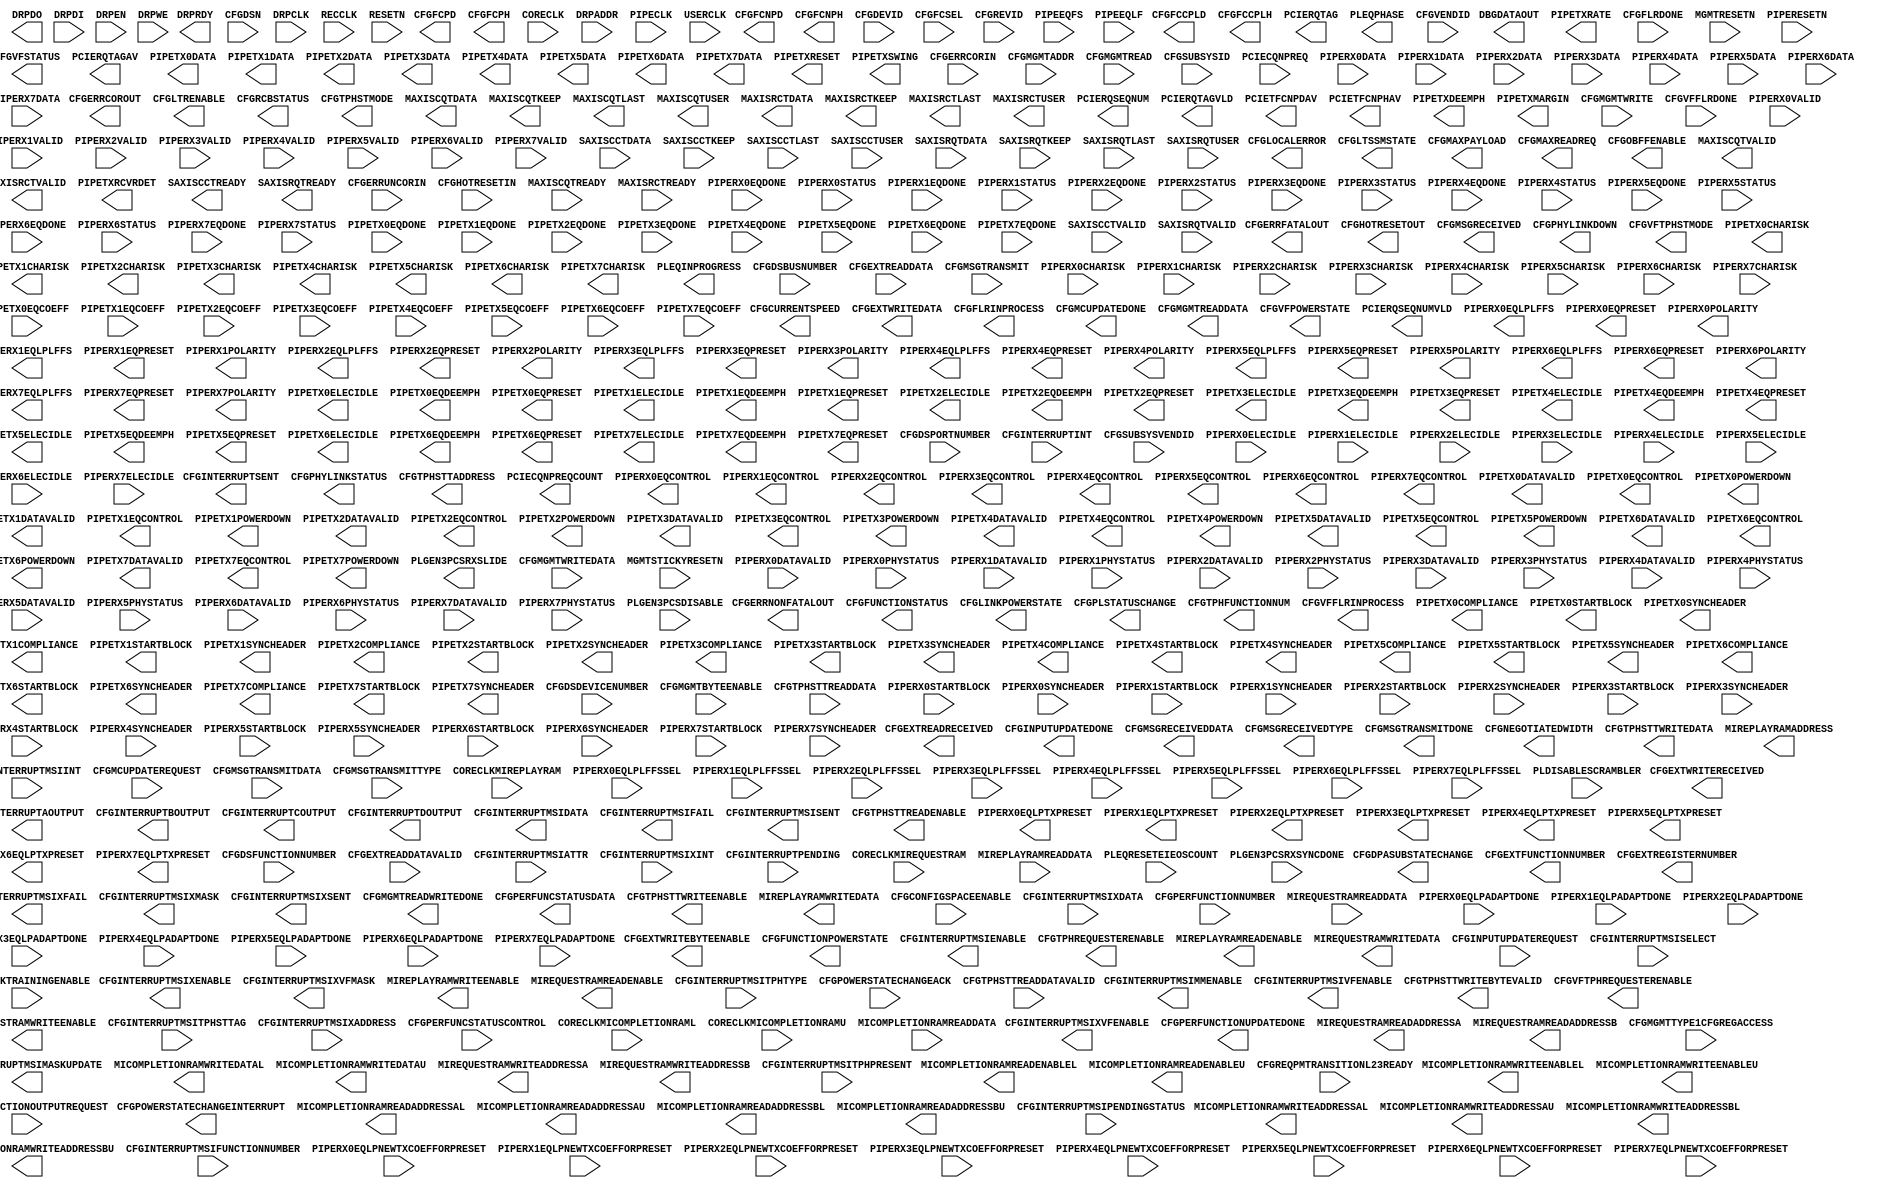
///////////////////////////////////////////////////////
//  Copyright (c) 1995/2015 Xilinx, Inc.
//  All Right Reserved.
///////////////////////////////////////////////////////
//
//   ____   ___
//  /   /\/   / 
// /___/  \  /     Vendor      : Xilinx 
// \  \    \/      Version     : 2015.4
//  \  \           Description : 
//  /  /                      
// /__/   /\       Filename    : PCIE_3_0.uniprim.v
// \  \  /  \ 
//  \__\/\__ \                    
//                                 
//
///////////////////////////////////////////////////////
//  Revision:    1.0
///////////////////////////////////////////////////////

`timescale 1 ps / 1 ps 

`celldefine

module PCIE_3_0 (
  CFGCURRENTSPEED,
  CFGDPASUBSTATECHANGE,
  CFGERRCOROUT,
  CFGERRFATALOUT,
  CFGERRNONFATALOUT,
  CFGEXTFUNCTIONNUMBER,
  CFGEXTREADRECEIVED,
  CFGEXTREGISTERNUMBER,
  CFGEXTWRITEBYTEENABLE,
  CFGEXTWRITEDATA,
  CFGEXTWRITERECEIVED,
  CFGFCCPLD,
  CFGFCCPLH,
  CFGFCNPD,
  CFGFCNPH,
  CFGFCPD,
  CFGFCPH,
  CFGFLRINPROCESS,
  CFGFUNCTIONPOWERSTATE,
  CFGFUNCTIONSTATUS,
  CFGHOTRESETOUT,
  CFGINPUTUPDATEDONE,
  CFGINTERRUPTAOUTPUT,
  CFGINTERRUPTBOUTPUT,
  CFGINTERRUPTCOUTPUT,
  CFGINTERRUPTDOUTPUT,
  CFGINTERRUPTMSIDATA,
  CFGINTERRUPTMSIENABLE,
  CFGINTERRUPTMSIFAIL,
  CFGINTERRUPTMSIMASKUPDATE,
  CFGINTERRUPTMSIMMENABLE,
  CFGINTERRUPTMSISENT,
  CFGINTERRUPTMSIVFENABLE,
  CFGINTERRUPTMSIXENABLE,
  CFGINTERRUPTMSIXFAIL,
  CFGINTERRUPTMSIXMASK,
  CFGINTERRUPTMSIXSENT,
  CFGINTERRUPTMSIXVFENABLE,
  CFGINTERRUPTMSIXVFMASK,
  CFGINTERRUPTSENT,
  CFGLINKPOWERSTATE,
  CFGLOCALERROR,
  CFGLTRENABLE,
  CFGLTSSMSTATE,
  CFGMAXPAYLOAD,
  CFGMAXREADREQ,
  CFGMCUPDATEDONE,
  CFGMGMTREADDATA,
  CFGMGMTREADWRITEDONE,
  CFGMSGRECEIVED,
  CFGMSGRECEIVEDDATA,
  CFGMSGRECEIVEDTYPE,
  CFGMSGTRANSMITDONE,
  CFGNEGOTIATEDWIDTH,
  CFGOBFFENABLE,
  CFGPERFUNCSTATUSDATA,
  CFGPERFUNCTIONUPDATEDONE,
  CFGPHYLINKDOWN,
  CFGPHYLINKSTATUS,
  CFGPLSTATUSCHANGE,
  CFGPOWERSTATECHANGEINTERRUPT,
  CFGRCBSTATUS,
  CFGTPHFUNCTIONNUM,
  CFGTPHREQUESTERENABLE,
  CFGTPHSTMODE,
  CFGTPHSTTADDRESS,
  CFGTPHSTTREADENABLE,
  CFGTPHSTTWRITEBYTEVALID,
  CFGTPHSTTWRITEDATA,
  CFGTPHSTTWRITEENABLE,
  CFGVFFLRINPROCESS,
  CFGVFPOWERSTATE,
  CFGVFSTATUS,
  CFGVFTPHREQUESTERENABLE,
  CFGVFTPHSTMODE,
  DBGDATAOUT,
  DRPDO,
  DRPRDY,
  MAXISCQTDATA,
  MAXISCQTKEEP,
  MAXISCQTLAST,
  MAXISCQTUSER,
  MAXISCQTVALID,
  MAXISRCTDATA,
  MAXISRCTKEEP,
  MAXISRCTLAST,
  MAXISRCTUSER,
  MAXISRCTVALID,
  MICOMPLETIONRAMREADADDRESSAL,
  MICOMPLETIONRAMREADADDRESSAU,
  MICOMPLETIONRAMREADADDRESSBL,
  MICOMPLETIONRAMREADADDRESSBU,
  MICOMPLETIONRAMREADENABLEL,
  MICOMPLETIONRAMREADENABLEU,
  MICOMPLETIONRAMWRITEADDRESSAL,
  MICOMPLETIONRAMWRITEADDRESSAU,
  MICOMPLETIONRAMWRITEADDRESSBL,
  MICOMPLETIONRAMWRITEADDRESSBU,
  MICOMPLETIONRAMWRITEDATAL,
  MICOMPLETIONRAMWRITEDATAU,
  MICOMPLETIONRAMWRITEENABLEL,
  MICOMPLETIONRAMWRITEENABLEU,
  MIREPLAYRAMADDRESS,
  MIREPLAYRAMREADENABLE,
  MIREPLAYRAMWRITEDATA,
  MIREPLAYRAMWRITEENABLE,
  MIREQUESTRAMREADADDRESSA,
  MIREQUESTRAMREADADDRESSB,
  MIREQUESTRAMREADENABLE,
  MIREQUESTRAMWRITEADDRESSA,
  MIREQUESTRAMWRITEADDRESSB,
  MIREQUESTRAMWRITEDATA,
  MIREQUESTRAMWRITEENABLE,
  PCIECQNPREQCOUNT,
  PCIERQSEQNUM,
  PCIERQSEQNUMVLD,
  PCIERQTAG,
  PCIERQTAGAV,
  PCIERQTAGVLD,
  PCIETFCNPDAV,
  PCIETFCNPHAV,
  PIPERX0EQCONTROL,
  PIPERX0EQLPLFFS,
  PIPERX0EQLPTXPRESET,
  PIPERX0EQPRESET,
  PIPERX0POLARITY,
  PIPERX1EQCONTROL,
  PIPERX1EQLPLFFS,
  PIPERX1EQLPTXPRESET,
  PIPERX1EQPRESET,
  PIPERX1POLARITY,
  PIPERX2EQCONTROL,
  PIPERX2EQLPLFFS,
  PIPERX2EQLPTXPRESET,
  PIPERX2EQPRESET,
  PIPERX2POLARITY,
  PIPERX3EQCONTROL,
  PIPERX3EQLPLFFS,
  PIPERX3EQLPTXPRESET,
  PIPERX3EQPRESET,
  PIPERX3POLARITY,
  PIPERX4EQCONTROL,
  PIPERX4EQLPLFFS,
  PIPERX4EQLPTXPRESET,
  PIPERX4EQPRESET,
  PIPERX4POLARITY,
  PIPERX5EQCONTROL,
  PIPERX5EQLPLFFS,
  PIPERX5EQLPTXPRESET,
  PIPERX5EQPRESET,
  PIPERX5POLARITY,
  PIPERX6EQCONTROL,
  PIPERX6EQLPLFFS,
  PIPERX6EQLPTXPRESET,
  PIPERX6EQPRESET,
  PIPERX6POLARITY,
  PIPERX7EQCONTROL,
  PIPERX7EQLPLFFS,
  PIPERX7EQLPTXPRESET,
  PIPERX7EQPRESET,
  PIPERX7POLARITY,
  PIPETX0CHARISK,
  PIPETX0COMPLIANCE,
  PIPETX0DATA,
  PIPETX0DATAVALID,
  PIPETX0ELECIDLE,
  PIPETX0EQCONTROL,
  PIPETX0EQDEEMPH,
  PIPETX0EQPRESET,
  PIPETX0POWERDOWN,
  PIPETX0STARTBLOCK,
  PIPETX0SYNCHEADER,
  PIPETX1CHARISK,
  PIPETX1COMPLIANCE,
  PIPETX1DATA,
  PIPETX1DATAVALID,
  PIPETX1ELECIDLE,
  PIPETX1EQCONTROL,
  PIPETX1EQDEEMPH,
  PIPETX1EQPRESET,
  PIPETX1POWERDOWN,
  PIPETX1STARTBLOCK,
  PIPETX1SYNCHEADER,
  PIPETX2CHARISK,
  PIPETX2COMPLIANCE,
  PIPETX2DATA,
  PIPETX2DATAVALID,
  PIPETX2ELECIDLE,
  PIPETX2EQCONTROL,
  PIPETX2EQDEEMPH,
  PIPETX2EQPRESET,
  PIPETX2POWERDOWN,
  PIPETX2STARTBLOCK,
  PIPETX2SYNCHEADER,
  PIPETX3CHARISK,
  PIPETX3COMPLIANCE,
  PIPETX3DATA,
  PIPETX3DATAVALID,
  PIPETX3ELECIDLE,
  PIPETX3EQCONTROL,
  PIPETX3EQDEEMPH,
  PIPETX3EQPRESET,
  PIPETX3POWERDOWN,
  PIPETX3STARTBLOCK,
  PIPETX3SYNCHEADER,
  PIPETX4CHARISK,
  PIPETX4COMPLIANCE,
  PIPETX4DATA,
  PIPETX4DATAVALID,
  PIPETX4ELECIDLE,
  PIPETX4EQCONTROL,
  PIPETX4EQDEEMPH,
  PIPETX4EQPRESET,
  PIPETX4POWERDOWN,
  PIPETX4STARTBLOCK,
  PIPETX4SYNCHEADER,
  PIPETX5CHARISK,
  PIPETX5COMPLIANCE,
  PIPETX5DATA,
  PIPETX5DATAVALID,
  PIPETX5ELECIDLE,
  PIPETX5EQCONTROL,
  PIPETX5EQDEEMPH,
  PIPETX5EQPRESET,
  PIPETX5POWERDOWN,
  PIPETX5STARTBLOCK,
  PIPETX5SYNCHEADER,
  PIPETX6CHARISK,
  PIPETX6COMPLIANCE,
  PIPETX6DATA,
  PIPETX6DATAVALID,
  PIPETX6ELECIDLE,
  PIPETX6EQCONTROL,
  PIPETX6EQDEEMPH,
  PIPETX6EQPRESET,
  PIPETX6POWERDOWN,
  PIPETX6STARTBLOCK,
  PIPETX6SYNCHEADER,
  PIPETX7CHARISK,
  PIPETX7COMPLIANCE,
  PIPETX7DATA,
  PIPETX7DATAVALID,
  PIPETX7ELECIDLE,
  PIPETX7EQCONTROL,
  PIPETX7EQDEEMPH,
  PIPETX7EQPRESET,
  PIPETX7POWERDOWN,
  PIPETX7STARTBLOCK,
  PIPETX7SYNCHEADER,
  PIPETXDEEMPH,
  PIPETXMARGIN,
  PIPETXRATE,
  PIPETXRCVRDET,
  PIPETXRESET,
  PIPETXSWING,
  PLEQINPROGRESS,
  PLEQPHASE,
  PLGEN3PCSRXSLIDE,
  SAXISCCTREADY,
  SAXISRQTREADY,

  CFGCONFIGSPACEENABLE,
  CFGDEVID,
  CFGDSBUSNUMBER,
  CFGDSDEVICENUMBER,
  CFGDSFUNCTIONNUMBER,
  CFGDSN,
  CFGDSPORTNUMBER,
  CFGERRCORIN,
  CFGERRUNCORIN,
  CFGEXTREADDATA,
  CFGEXTREADDATAVALID,
  CFGFCSEL,
  CFGFLRDONE,
  CFGHOTRESETIN,
  CFGINPUTUPDATEREQUEST,
  CFGINTERRUPTINT,
  CFGINTERRUPTMSIATTR,
  CFGINTERRUPTMSIFUNCTIONNUMBER,
  CFGINTERRUPTMSIINT,
  CFGINTERRUPTMSIPENDINGSTATUS,
  CFGINTERRUPTMSISELECT,
  CFGINTERRUPTMSITPHPRESENT,
  CFGINTERRUPTMSITPHSTTAG,
  CFGINTERRUPTMSITPHTYPE,
  CFGINTERRUPTMSIXADDRESS,
  CFGINTERRUPTMSIXDATA,
  CFGINTERRUPTMSIXINT,
  CFGINTERRUPTPENDING,
  CFGLINKTRAININGENABLE,
  CFGMCUPDATEREQUEST,
  CFGMGMTADDR,
  CFGMGMTBYTEENABLE,
  CFGMGMTREAD,
  CFGMGMTTYPE1CFGREGACCESS,
  CFGMGMTWRITE,
  CFGMGMTWRITEDATA,
  CFGMSGTRANSMIT,
  CFGMSGTRANSMITDATA,
  CFGMSGTRANSMITTYPE,
  CFGPERFUNCSTATUSCONTROL,
  CFGPERFUNCTIONNUMBER,
  CFGPERFUNCTIONOUTPUTREQUEST,
  CFGPOWERSTATECHANGEACK,
  CFGREQPMTRANSITIONL23READY,
  CFGREVID,
  CFGSUBSYSID,
  CFGSUBSYSVENDID,
  CFGTPHSTTREADDATA,
  CFGTPHSTTREADDATAVALID,
  CFGVENDID,
  CFGVFFLRDONE,
  CORECLK,
  CORECLKMICOMPLETIONRAML,
  CORECLKMICOMPLETIONRAMU,
  CORECLKMIREPLAYRAM,
  CORECLKMIREQUESTRAM,
  DRPADDR,
  DRPCLK,
  DRPDI,
  DRPEN,
  DRPWE,
  MAXISCQTREADY,
  MAXISRCTREADY,
  MGMTRESETN,
  MGMTSTICKYRESETN,
  MICOMPLETIONRAMREADDATA,
  MIREPLAYRAMREADDATA,
  MIREQUESTRAMREADDATA,
  PCIECQNPREQ,
  PIPECLK,
  PIPEEQFS,
  PIPEEQLF,
  PIPERESETN,
  PIPERX0CHARISK,
  PIPERX0DATA,
  PIPERX0DATAVALID,
  PIPERX0ELECIDLE,
  PIPERX0EQDONE,
  PIPERX0EQLPADAPTDONE,
  PIPERX0EQLPLFFSSEL,
  PIPERX0EQLPNEWTXCOEFFORPRESET,
  PIPERX0PHYSTATUS,
  PIPERX0STARTBLOCK,
  PIPERX0STATUS,
  PIPERX0SYNCHEADER,
  PIPERX0VALID,
  PIPERX1CHARISK,
  PIPERX1DATA,
  PIPERX1DATAVALID,
  PIPERX1ELECIDLE,
  PIPERX1EQDONE,
  PIPERX1EQLPADAPTDONE,
  PIPERX1EQLPLFFSSEL,
  PIPERX1EQLPNEWTXCOEFFORPRESET,
  PIPERX1PHYSTATUS,
  PIPERX1STARTBLOCK,
  PIPERX1STATUS,
  PIPERX1SYNCHEADER,
  PIPERX1VALID,
  PIPERX2CHARISK,
  PIPERX2DATA,
  PIPERX2DATAVALID,
  PIPERX2ELECIDLE,
  PIPERX2EQDONE,
  PIPERX2EQLPADAPTDONE,
  PIPERX2EQLPLFFSSEL,
  PIPERX2EQLPNEWTXCOEFFORPRESET,
  PIPERX2PHYSTATUS,
  PIPERX2STARTBLOCK,
  PIPERX2STATUS,
  PIPERX2SYNCHEADER,
  PIPERX2VALID,
  PIPERX3CHARISK,
  PIPERX3DATA,
  PIPERX3DATAVALID,
  PIPERX3ELECIDLE,
  PIPERX3EQDONE,
  PIPERX3EQLPADAPTDONE,
  PIPERX3EQLPLFFSSEL,
  PIPERX3EQLPNEWTXCOEFFORPRESET,
  PIPERX3PHYSTATUS,
  PIPERX3STARTBLOCK,
  PIPERX3STATUS,
  PIPERX3SYNCHEADER,
  PIPERX3VALID,
  PIPERX4CHARISK,
  PIPERX4DATA,
  PIPERX4DATAVALID,
  PIPERX4ELECIDLE,
  PIPERX4EQDONE,
  PIPERX4EQLPADAPTDONE,
  PIPERX4EQLPLFFSSEL,
  PIPERX4EQLPNEWTXCOEFFORPRESET,
  PIPERX4PHYSTATUS,
  PIPERX4STARTBLOCK,
  PIPERX4STATUS,
  PIPERX4SYNCHEADER,
  PIPERX4VALID,
  PIPERX5CHARISK,
  PIPERX5DATA,
  PIPERX5DATAVALID,
  PIPERX5ELECIDLE,
  PIPERX5EQDONE,
  PIPERX5EQLPADAPTDONE,
  PIPERX5EQLPLFFSSEL,
  PIPERX5EQLPNEWTXCOEFFORPRESET,
  PIPERX5PHYSTATUS,
  PIPERX5STARTBLOCK,
  PIPERX5STATUS,
  PIPERX5SYNCHEADER,
  PIPERX5VALID,
  PIPERX6CHARISK,
  PIPERX6DATA,
  PIPERX6DATAVALID,
  PIPERX6ELECIDLE,
  PIPERX6EQDONE,
  PIPERX6EQLPADAPTDONE,
  PIPERX6EQLPLFFSSEL,
  PIPERX6EQLPNEWTXCOEFFORPRESET,
  PIPERX6PHYSTATUS,
  PIPERX6STARTBLOCK,
  PIPERX6STATUS,
  PIPERX6SYNCHEADER,
  PIPERX6VALID,
  PIPERX7CHARISK,
  PIPERX7DATA,
  PIPERX7DATAVALID,
  PIPERX7ELECIDLE,
  PIPERX7EQDONE,
  PIPERX7EQLPADAPTDONE,
  PIPERX7EQLPLFFSSEL,
  PIPERX7EQLPNEWTXCOEFFORPRESET,
  PIPERX7PHYSTATUS,
  PIPERX7STARTBLOCK,
  PIPERX7STATUS,
  PIPERX7SYNCHEADER,
  PIPERX7VALID,
  PIPETX0EQCOEFF,
  PIPETX0EQDONE,
  PIPETX1EQCOEFF,
  PIPETX1EQDONE,
  PIPETX2EQCOEFF,
  PIPETX2EQDONE,
  PIPETX3EQCOEFF,
  PIPETX3EQDONE,
  PIPETX4EQCOEFF,
  PIPETX4EQDONE,
  PIPETX5EQCOEFF,
  PIPETX5EQDONE,
  PIPETX6EQCOEFF,
  PIPETX6EQDONE,
  PIPETX7EQCOEFF,
  PIPETX7EQDONE,
  PLDISABLESCRAMBLER,
  PLEQRESETEIEOSCOUNT,
  PLGEN3PCSDISABLE,
  PLGEN3PCSRXSYNCDONE,
  RECCLK,
  RESETN,
  SAXISCCTDATA,
  SAXISCCTKEEP,
  SAXISCCTLAST,
  SAXISCCTUSER,
  SAXISCCTVALID,
  SAXISRQTDATA,
  SAXISRQTKEEP,
  SAXISRQTLAST,
  SAXISRQTUSER,
  SAXISRQTVALID,
  USERCLK
);

  `ifdef XIL_TIMING //Simprim 
  parameter LOC = "UNPLACED";
  `endif
  parameter ARI_CAP_ENABLE = "FALSE";
  parameter AXISTEN_IF_CC_ALIGNMENT_MODE = "FALSE";
  parameter AXISTEN_IF_CC_PARITY_CHK = "TRUE";
  parameter AXISTEN_IF_CQ_ALIGNMENT_MODE = "FALSE";
  parameter AXISTEN_IF_ENABLE_CLIENT_TAG = "FALSE";
  parameter [17:0] AXISTEN_IF_ENABLE_MSG_ROUTE = 18'h00000;
  parameter AXISTEN_IF_ENABLE_RX_MSG_INTFC = "FALSE";
  parameter AXISTEN_IF_RC_ALIGNMENT_MODE = "FALSE";
  parameter AXISTEN_IF_RC_STRADDLE = "FALSE";
  parameter AXISTEN_IF_RQ_ALIGNMENT_MODE = "FALSE";
  parameter AXISTEN_IF_RQ_PARITY_CHK = "TRUE";
  parameter [1:0] AXISTEN_IF_WIDTH = 2'h2;
  parameter CRM_CORE_CLK_FREQ_500 = "TRUE";
  parameter [1:0] CRM_USER_CLK_FREQ = 2'h2;
  parameter [7:0] DNSTREAM_LINK_NUM = 8'h00;
  parameter [1:0] GEN3_PCS_AUTO_REALIGN = 2'h1;
  parameter GEN3_PCS_RX_ELECIDLE_INTERNAL = "TRUE";
  parameter [8:0] LL_ACK_TIMEOUT = 9'h000;
  parameter LL_ACK_TIMEOUT_EN = "FALSE";
  parameter integer LL_ACK_TIMEOUT_FUNC = 0;
  parameter [15:0] LL_CPL_FC_UPDATE_TIMER = 16'h0000;
  parameter LL_CPL_FC_UPDATE_TIMER_OVERRIDE = "FALSE";
  parameter [15:0] LL_FC_UPDATE_TIMER = 16'h0000;
  parameter LL_FC_UPDATE_TIMER_OVERRIDE = "FALSE";
  parameter [15:0] LL_NP_FC_UPDATE_TIMER = 16'h0000;
  parameter LL_NP_FC_UPDATE_TIMER_OVERRIDE = "FALSE";
  parameter [15:0] LL_P_FC_UPDATE_TIMER = 16'h0000;
  parameter LL_P_FC_UPDATE_TIMER_OVERRIDE = "FALSE";
  parameter [8:0] LL_REPLAY_TIMEOUT = 9'h000;
  parameter LL_REPLAY_TIMEOUT_EN = "FALSE";
  parameter integer LL_REPLAY_TIMEOUT_FUNC = 0;
  parameter [9:0] LTR_TX_MESSAGE_MINIMUM_INTERVAL = 10'h0FA;
  parameter LTR_TX_MESSAGE_ON_FUNC_POWER_STATE_CHANGE = "FALSE";
  parameter LTR_TX_MESSAGE_ON_LTR_ENABLE = "FALSE";
  parameter PF0_AER_CAP_ECRC_CHECK_CAPABLE = "FALSE";
  parameter PF0_AER_CAP_ECRC_GEN_CAPABLE = "FALSE";
  parameter [11:0] PF0_AER_CAP_NEXTPTR = 12'h000;
  parameter [11:0] PF0_ARI_CAP_NEXTPTR = 12'h000;
  parameter [7:0] PF0_ARI_CAP_NEXT_FUNC = 8'h00;
  parameter [3:0] PF0_ARI_CAP_VER = 4'h1;
  parameter [4:0] PF0_BAR0_APERTURE_SIZE = 5'h03;
  parameter [2:0] PF0_BAR0_CONTROL = 3'h4;
  parameter [4:0] PF0_BAR1_APERTURE_SIZE = 5'h00;
  parameter [2:0] PF0_BAR1_CONTROL = 3'h0;
  parameter [4:0] PF0_BAR2_APERTURE_SIZE = 5'h03;
  parameter [2:0] PF0_BAR2_CONTROL = 3'h4;
  parameter [4:0] PF0_BAR3_APERTURE_SIZE = 5'h03;
  parameter [2:0] PF0_BAR3_CONTROL = 3'h0;
  parameter [4:0] PF0_BAR4_APERTURE_SIZE = 5'h03;
  parameter [2:0] PF0_BAR4_CONTROL = 3'h4;
  parameter [4:0] PF0_BAR5_APERTURE_SIZE = 5'h03;
  parameter [2:0] PF0_BAR5_CONTROL = 3'h0;
  parameter [7:0] PF0_BIST_REGISTER = 8'h00;
  parameter [7:0] PF0_CAPABILITY_POINTER = 8'h50;
  parameter [23:0] PF0_CLASS_CODE = 24'h000000;
  parameter [15:0] PF0_DEVICE_ID = 16'h0000;
  parameter PF0_DEV_CAP2_128B_CAS_ATOMIC_COMPLETER_SUPPORT = "TRUE";
  parameter PF0_DEV_CAP2_32B_ATOMIC_COMPLETER_SUPPORT = "TRUE";
  parameter PF0_DEV_CAP2_64B_ATOMIC_COMPLETER_SUPPORT = "TRUE";
  parameter PF0_DEV_CAP2_CPL_TIMEOUT_DISABLE = "TRUE";
  parameter PF0_DEV_CAP2_LTR_SUPPORT = "TRUE";
  parameter [1:0] PF0_DEV_CAP2_OBFF_SUPPORT = 2'h0;
  parameter PF0_DEV_CAP2_TPH_COMPLETER_SUPPORT = "FALSE";
  parameter integer PF0_DEV_CAP_ENDPOINT_L0S_LATENCY = 0;
  parameter integer PF0_DEV_CAP_ENDPOINT_L1_LATENCY = 0;
  parameter PF0_DEV_CAP_EXT_TAG_SUPPORTED = "TRUE";
  parameter PF0_DEV_CAP_FUNCTION_LEVEL_RESET_CAPABLE = "TRUE";
  parameter [2:0] PF0_DEV_CAP_MAX_PAYLOAD_SIZE = 3'h3;
  parameter [11:0] PF0_DPA_CAP_NEXTPTR = 12'h000;
  parameter [4:0] PF0_DPA_CAP_SUB_STATE_CONTROL = 5'h00;
  parameter PF0_DPA_CAP_SUB_STATE_CONTROL_EN = "TRUE";
  parameter [7:0] PF0_DPA_CAP_SUB_STATE_POWER_ALLOCATION0 = 8'h00;
  parameter [7:0] PF0_DPA_CAP_SUB_STATE_POWER_ALLOCATION1 = 8'h00;
  parameter [7:0] PF0_DPA_CAP_SUB_STATE_POWER_ALLOCATION2 = 8'h00;
  parameter [7:0] PF0_DPA_CAP_SUB_STATE_POWER_ALLOCATION3 = 8'h00;
  parameter [7:0] PF0_DPA_CAP_SUB_STATE_POWER_ALLOCATION4 = 8'h00;
  parameter [7:0] PF0_DPA_CAP_SUB_STATE_POWER_ALLOCATION5 = 8'h00;
  parameter [7:0] PF0_DPA_CAP_SUB_STATE_POWER_ALLOCATION6 = 8'h00;
  parameter [7:0] PF0_DPA_CAP_SUB_STATE_POWER_ALLOCATION7 = 8'h00;
  parameter [3:0] PF0_DPA_CAP_VER = 4'h1;
  parameter [11:0] PF0_DSN_CAP_NEXTPTR = 12'h10C;
  parameter [4:0] PF0_EXPANSION_ROM_APERTURE_SIZE = 5'h03;
  parameter PF0_EXPANSION_ROM_ENABLE = "FALSE";
  parameter [7:0] PF0_INTERRUPT_LINE = 8'h00;
  parameter [2:0] PF0_INTERRUPT_PIN = 3'h1;
  parameter integer PF0_LINK_CAP_ASPM_SUPPORT = 0;
  parameter integer PF0_LINK_CAP_L0S_EXIT_LATENCY_COMCLK_GEN1 = 7;
  parameter integer PF0_LINK_CAP_L0S_EXIT_LATENCY_COMCLK_GEN2 = 7;
  parameter integer PF0_LINK_CAP_L0S_EXIT_LATENCY_COMCLK_GEN3 = 7;
  parameter integer PF0_LINK_CAP_L0S_EXIT_LATENCY_GEN1 = 7;
  parameter integer PF0_LINK_CAP_L0S_EXIT_LATENCY_GEN2 = 7;
  parameter integer PF0_LINK_CAP_L0S_EXIT_LATENCY_GEN3 = 7;
  parameter integer PF0_LINK_CAP_L1_EXIT_LATENCY_COMCLK_GEN1 = 7;
  parameter integer PF0_LINK_CAP_L1_EXIT_LATENCY_COMCLK_GEN2 = 7;
  parameter integer PF0_LINK_CAP_L1_EXIT_LATENCY_COMCLK_GEN3 = 7;
  parameter integer PF0_LINK_CAP_L1_EXIT_LATENCY_GEN1 = 7;
  parameter integer PF0_LINK_CAP_L1_EXIT_LATENCY_GEN2 = 7;
  parameter integer PF0_LINK_CAP_L1_EXIT_LATENCY_GEN3 = 7;
  parameter PF0_LINK_STATUS_SLOT_CLOCK_CONFIG = "TRUE";
  parameter [9:0] PF0_LTR_CAP_MAX_NOSNOOP_LAT = 10'h000;
  parameter [9:0] PF0_LTR_CAP_MAX_SNOOP_LAT = 10'h000;
  parameter [11:0] PF0_LTR_CAP_NEXTPTR = 12'h000;
  parameter [3:0] PF0_LTR_CAP_VER = 4'h1;
  parameter [7:0] PF0_MSIX_CAP_NEXTPTR = 8'h00;
  parameter integer PF0_MSIX_CAP_PBA_BIR = 0;
  parameter [28:0] PF0_MSIX_CAP_PBA_OFFSET = 29'h00000050;
  parameter integer PF0_MSIX_CAP_TABLE_BIR = 0;
  parameter [28:0] PF0_MSIX_CAP_TABLE_OFFSET = 29'h00000040;
  parameter [10:0] PF0_MSIX_CAP_TABLE_SIZE = 11'h000;
  parameter integer PF0_MSI_CAP_MULTIMSGCAP = 0;
  parameter [7:0] PF0_MSI_CAP_NEXTPTR = 8'h00;
  parameter [11:0] PF0_PB_CAP_NEXTPTR = 12'h000;
  parameter PF0_PB_CAP_SYSTEM_ALLOCATED = "FALSE";
  parameter [3:0] PF0_PB_CAP_VER = 4'h1;
  parameter [7:0] PF0_PM_CAP_ID = 8'h01;
  parameter [7:0] PF0_PM_CAP_NEXTPTR = 8'h00;
  parameter PF0_PM_CAP_PMESUPPORT_D0 = "TRUE";
  parameter PF0_PM_CAP_PMESUPPORT_D1 = "TRUE";
  parameter PF0_PM_CAP_PMESUPPORT_D3HOT = "TRUE";
  parameter PF0_PM_CAP_SUPP_D1_STATE = "TRUE";
  parameter [2:0] PF0_PM_CAP_VER_ID = 3'h3;
  parameter PF0_PM_CSR_NOSOFTRESET = "TRUE";
  parameter PF0_RBAR_CAP_ENABLE = "FALSE";
  parameter [2:0] PF0_RBAR_CAP_INDEX0 = 3'h0;
  parameter [2:0] PF0_RBAR_CAP_INDEX1 = 3'h0;
  parameter [2:0] PF0_RBAR_CAP_INDEX2 = 3'h0;
  parameter [11:0] PF0_RBAR_CAP_NEXTPTR = 12'h000;
  parameter [19:0] PF0_RBAR_CAP_SIZE0 = 20'h00000;
  parameter [19:0] PF0_RBAR_CAP_SIZE1 = 20'h00000;
  parameter [19:0] PF0_RBAR_CAP_SIZE2 = 20'h00000;
  parameter [3:0] PF0_RBAR_CAP_VER = 4'h1;
  parameter [2:0] PF0_RBAR_NUM = 3'h1;
  parameter [7:0] PF0_REVISION_ID = 8'h00;
  parameter [4:0] PF0_SRIOV_BAR0_APERTURE_SIZE = 5'h03;
  parameter [2:0] PF0_SRIOV_BAR0_CONTROL = 3'h4;
  parameter [4:0] PF0_SRIOV_BAR1_APERTURE_SIZE = 5'h00;
  parameter [2:0] PF0_SRIOV_BAR1_CONTROL = 3'h0;
  parameter [4:0] PF0_SRIOV_BAR2_APERTURE_SIZE = 5'h03;
  parameter [2:0] PF0_SRIOV_BAR2_CONTROL = 3'h4;
  parameter [4:0] PF0_SRIOV_BAR3_APERTURE_SIZE = 5'h03;
  parameter [2:0] PF0_SRIOV_BAR3_CONTROL = 3'h0;
  parameter [4:0] PF0_SRIOV_BAR4_APERTURE_SIZE = 5'h03;
  parameter [2:0] PF0_SRIOV_BAR4_CONTROL = 3'h4;
  parameter [4:0] PF0_SRIOV_BAR5_APERTURE_SIZE = 5'h03;
  parameter [2:0] PF0_SRIOV_BAR5_CONTROL = 3'h0;
  parameter [15:0] PF0_SRIOV_CAP_INITIAL_VF = 16'h0000;
  parameter [11:0] PF0_SRIOV_CAP_NEXTPTR = 12'h000;
  parameter [15:0] PF0_SRIOV_CAP_TOTAL_VF = 16'h0000;
  parameter [3:0] PF0_SRIOV_CAP_VER = 4'h1;
  parameter [15:0] PF0_SRIOV_FIRST_VF_OFFSET = 16'h0000;
  parameter [15:0] PF0_SRIOV_FUNC_DEP_LINK = 16'h0000;
  parameter [31:0] PF0_SRIOV_SUPPORTED_PAGE_SIZE = 32'h00000000;
  parameter [15:0] PF0_SRIOV_VF_DEVICE_ID = 16'h0000;
  parameter [15:0] PF0_SUBSYSTEM_ID = 16'h0000;
  parameter PF0_TPHR_CAP_DEV_SPECIFIC_MODE = "TRUE";
  parameter PF0_TPHR_CAP_ENABLE = "FALSE";
  parameter PF0_TPHR_CAP_INT_VEC_MODE = "TRUE";
  parameter [11:0] PF0_TPHR_CAP_NEXTPTR = 12'h000;
  parameter [2:0] PF0_TPHR_CAP_ST_MODE_SEL = 3'h0;
  parameter [1:0] PF0_TPHR_CAP_ST_TABLE_LOC = 2'h0;
  parameter [10:0] PF0_TPHR_CAP_ST_TABLE_SIZE = 11'h000;
  parameter [3:0] PF0_TPHR_CAP_VER = 4'h1;
  parameter [11:0] PF0_VC_CAP_NEXTPTR = 12'h000;
  parameter [3:0] PF0_VC_CAP_VER = 4'h1;
  parameter PF1_AER_CAP_ECRC_CHECK_CAPABLE = "FALSE";
  parameter PF1_AER_CAP_ECRC_GEN_CAPABLE = "FALSE";
  parameter [11:0] PF1_AER_CAP_NEXTPTR = 12'h000;
  parameter [11:0] PF1_ARI_CAP_NEXTPTR = 12'h000;
  parameter [7:0] PF1_ARI_CAP_NEXT_FUNC = 8'h00;
  parameter [4:0] PF1_BAR0_APERTURE_SIZE = 5'h03;
  parameter [2:0] PF1_BAR0_CONTROL = 3'h4;
  parameter [4:0] PF1_BAR1_APERTURE_SIZE = 5'h00;
  parameter [2:0] PF1_BAR1_CONTROL = 3'h0;
  parameter [4:0] PF1_BAR2_APERTURE_SIZE = 5'h03;
  parameter [2:0] PF1_BAR2_CONTROL = 3'h4;
  parameter [4:0] PF1_BAR3_APERTURE_SIZE = 5'h03;
  parameter [2:0] PF1_BAR3_CONTROL = 3'h0;
  parameter [4:0] PF1_BAR4_APERTURE_SIZE = 5'h03;
  parameter [2:0] PF1_BAR4_CONTROL = 3'h4;
  parameter [4:0] PF1_BAR5_APERTURE_SIZE = 5'h03;
  parameter [2:0] PF1_BAR5_CONTROL = 3'h0;
  parameter [7:0] PF1_BIST_REGISTER = 8'h00;
  parameter [7:0] PF1_CAPABILITY_POINTER = 8'h50;
  parameter [23:0] PF1_CLASS_CODE = 24'h000000;
  parameter [15:0] PF1_DEVICE_ID = 16'h0000;
  parameter [2:0] PF1_DEV_CAP_MAX_PAYLOAD_SIZE = 3'h3;
  parameter [11:0] PF1_DPA_CAP_NEXTPTR = 12'h000;
  parameter [4:0] PF1_DPA_CAP_SUB_STATE_CONTROL = 5'h00;
  parameter PF1_DPA_CAP_SUB_STATE_CONTROL_EN = "TRUE";
  parameter [7:0] PF1_DPA_CAP_SUB_STATE_POWER_ALLOCATION0 = 8'h00;
  parameter [7:0] PF1_DPA_CAP_SUB_STATE_POWER_ALLOCATION1 = 8'h00;
  parameter [7:0] PF1_DPA_CAP_SUB_STATE_POWER_ALLOCATION2 = 8'h00;
  parameter [7:0] PF1_DPA_CAP_SUB_STATE_POWER_ALLOCATION3 = 8'h00;
  parameter [7:0] PF1_DPA_CAP_SUB_STATE_POWER_ALLOCATION4 = 8'h00;
  parameter [7:0] PF1_DPA_CAP_SUB_STATE_POWER_ALLOCATION5 = 8'h00;
  parameter [7:0] PF1_DPA_CAP_SUB_STATE_POWER_ALLOCATION6 = 8'h00;
  parameter [7:0] PF1_DPA_CAP_SUB_STATE_POWER_ALLOCATION7 = 8'h00;
  parameter [3:0] PF1_DPA_CAP_VER = 4'h1;
  parameter [11:0] PF1_DSN_CAP_NEXTPTR = 12'h10C;
  parameter [4:0] PF1_EXPANSION_ROM_APERTURE_SIZE = 5'h03;
  parameter PF1_EXPANSION_ROM_ENABLE = "FALSE";
  parameter [7:0] PF1_INTERRUPT_LINE = 8'h00;
  parameter [2:0] PF1_INTERRUPT_PIN = 3'h1;
  parameter [7:0] PF1_MSIX_CAP_NEXTPTR = 8'h00;
  parameter integer PF1_MSIX_CAP_PBA_BIR = 0;
  parameter [28:0] PF1_MSIX_CAP_PBA_OFFSET = 29'h00000050;
  parameter integer PF1_MSIX_CAP_TABLE_BIR = 0;
  parameter [28:0] PF1_MSIX_CAP_TABLE_OFFSET = 29'h00000040;
  parameter [10:0] PF1_MSIX_CAP_TABLE_SIZE = 11'h000;
  parameter integer PF1_MSI_CAP_MULTIMSGCAP = 0;
  parameter [7:0] PF1_MSI_CAP_NEXTPTR = 8'h00;
  parameter [11:0] PF1_PB_CAP_NEXTPTR = 12'h000;
  parameter PF1_PB_CAP_SYSTEM_ALLOCATED = "FALSE";
  parameter [3:0] PF1_PB_CAP_VER = 4'h1;
  parameter [7:0] PF1_PM_CAP_ID = 8'h01;
  parameter [7:0] PF1_PM_CAP_NEXTPTR = 8'h00;
  parameter [2:0] PF1_PM_CAP_VER_ID = 3'h3;
  parameter PF1_RBAR_CAP_ENABLE = "FALSE";
  parameter [2:0] PF1_RBAR_CAP_INDEX0 = 3'h0;
  parameter [2:0] PF1_RBAR_CAP_INDEX1 = 3'h0;
  parameter [2:0] PF1_RBAR_CAP_INDEX2 = 3'h0;
  parameter [11:0] PF1_RBAR_CAP_NEXTPTR = 12'h000;
  parameter [19:0] PF1_RBAR_CAP_SIZE0 = 20'h00000;
  parameter [19:0] PF1_RBAR_CAP_SIZE1 = 20'h00000;
  parameter [19:0] PF1_RBAR_CAP_SIZE2 = 20'h00000;
  parameter [3:0] PF1_RBAR_CAP_VER = 4'h1;
  parameter [2:0] PF1_RBAR_NUM = 3'h1;
  parameter [7:0] PF1_REVISION_ID = 8'h00;
  parameter [4:0] PF1_SRIOV_BAR0_APERTURE_SIZE = 5'h03;
  parameter [2:0] PF1_SRIOV_BAR0_CONTROL = 3'h4;
  parameter [4:0] PF1_SRIOV_BAR1_APERTURE_SIZE = 5'h00;
  parameter [2:0] PF1_SRIOV_BAR1_CONTROL = 3'h0;
  parameter [4:0] PF1_SRIOV_BAR2_APERTURE_SIZE = 5'h03;
  parameter [2:0] PF1_SRIOV_BAR2_CONTROL = 3'h4;
  parameter [4:0] PF1_SRIOV_BAR3_APERTURE_SIZE = 5'h03;
  parameter [2:0] PF1_SRIOV_BAR3_CONTROL = 3'h0;
  parameter [4:0] PF1_SRIOV_BAR4_APERTURE_SIZE = 5'h03;
  parameter [2:0] PF1_SRIOV_BAR4_CONTROL = 3'h4;
  parameter [4:0] PF1_SRIOV_BAR5_APERTURE_SIZE = 5'h03;
  parameter [2:0] PF1_SRIOV_BAR5_CONTROL = 3'h0;
  parameter [15:0] PF1_SRIOV_CAP_INITIAL_VF = 16'h0000;
  parameter [11:0] PF1_SRIOV_CAP_NEXTPTR = 12'h000;
  parameter [15:0] PF1_SRIOV_CAP_TOTAL_VF = 16'h0000;
  parameter [3:0] PF1_SRIOV_CAP_VER = 4'h1;
  parameter [15:0] PF1_SRIOV_FIRST_VF_OFFSET = 16'h0000;
  parameter [15:0] PF1_SRIOV_FUNC_DEP_LINK = 16'h0000;
  parameter [31:0] PF1_SRIOV_SUPPORTED_PAGE_SIZE = 32'h00000000;
  parameter [15:0] PF1_SRIOV_VF_DEVICE_ID = 16'h0000;
  parameter [15:0] PF1_SUBSYSTEM_ID = 16'h0000;
  parameter PF1_TPHR_CAP_DEV_SPECIFIC_MODE = "TRUE";
  parameter PF1_TPHR_CAP_ENABLE = "FALSE";
  parameter PF1_TPHR_CAP_INT_VEC_MODE = "TRUE";
  parameter [11:0] PF1_TPHR_CAP_NEXTPTR = 12'h000;
  parameter [2:0] PF1_TPHR_CAP_ST_MODE_SEL = 3'h0;
  parameter [1:0] PF1_TPHR_CAP_ST_TABLE_LOC = 2'h0;
  parameter [10:0] PF1_TPHR_CAP_ST_TABLE_SIZE = 11'h000;
  parameter [3:0] PF1_TPHR_CAP_VER = 4'h1;
  parameter PL_DISABLE_EI_INFER_IN_L0 = "FALSE";
  parameter PL_DISABLE_GEN3_DC_BALANCE = "FALSE";
  parameter PL_DISABLE_SCRAMBLING = "FALSE";
  parameter PL_DISABLE_UPCONFIG_CAPABLE = "FALSE";
  parameter PL_EQ_ADAPT_DISABLE_COEFF_CHECK = "FALSE";
  parameter PL_EQ_ADAPT_DISABLE_PRESET_CHECK = "FALSE";
  parameter [4:0] PL_EQ_ADAPT_ITER_COUNT = 5'h02;
  parameter [1:0] PL_EQ_ADAPT_REJECT_RETRY_COUNT = 2'h1;
  parameter PL_EQ_BYPASS_PHASE23 = "FALSE";
  parameter PL_EQ_SHORT_ADAPT_PHASE = "FALSE";
  parameter [15:0] PL_LANE0_EQ_CONTROL = 16'h3F00;
  parameter [15:0] PL_LANE1_EQ_CONTROL = 16'h3F00;
  parameter [15:0] PL_LANE2_EQ_CONTROL = 16'h3F00;
  parameter [15:0] PL_LANE3_EQ_CONTROL = 16'h3F00;
  parameter [15:0] PL_LANE4_EQ_CONTROL = 16'h3F00;
  parameter [15:0] PL_LANE5_EQ_CONTROL = 16'h3F00;
  parameter [15:0] PL_LANE6_EQ_CONTROL = 16'h3F00;
  parameter [15:0] PL_LANE7_EQ_CONTROL = 16'h3F00;
  parameter [2:0] PL_LINK_CAP_MAX_LINK_SPEED = 3'h4;
  parameter [3:0] PL_LINK_CAP_MAX_LINK_WIDTH = 4'h8;
  parameter integer PL_N_FTS_COMCLK_GEN1 = 255;
  parameter integer PL_N_FTS_COMCLK_GEN2 = 255;
  parameter integer PL_N_FTS_COMCLK_GEN3 = 255;
  parameter integer PL_N_FTS_GEN1 = 255;
  parameter integer PL_N_FTS_GEN2 = 255;
  parameter integer PL_N_FTS_GEN3 = 255;
  parameter PL_SIM_FAST_LINK_TRAINING = "FALSE";
  parameter PL_UPSTREAM_FACING = "TRUE";
  parameter [15:0] PM_ASPML0S_TIMEOUT = 16'h05DC;
  parameter [19:0] PM_ASPML1_ENTRY_DELAY = 20'h00000;
  parameter PM_ENABLE_SLOT_POWER_CAPTURE = "TRUE";
  parameter [31:0] PM_L1_REENTRY_DELAY = 32'h00000000;
  parameter [19:0] PM_PME_SERVICE_TIMEOUT_DELAY = 20'h186A0;
  parameter [15:0] PM_PME_TURNOFF_ACK_DELAY = 16'h0064;
  parameter SIM_VERSION = "1.0";
  parameter integer SPARE_BIT0 = 0;
  parameter integer SPARE_BIT1 = 0;
  parameter integer SPARE_BIT2 = 0;
  parameter integer SPARE_BIT3 = 0;
  parameter integer SPARE_BIT4 = 0;
  parameter integer SPARE_BIT5 = 0;
  parameter integer SPARE_BIT6 = 0;
  parameter integer SPARE_BIT7 = 0;
  parameter integer SPARE_BIT8 = 0;
  parameter [7:0] SPARE_BYTE0 = 8'h00;
  parameter [7:0] SPARE_BYTE1 = 8'h00;
  parameter [7:0] SPARE_BYTE2 = 8'h00;
  parameter [7:0] SPARE_BYTE3 = 8'h00;
  parameter [31:0] SPARE_WORD0 = 32'h00000000;
  parameter [31:0] SPARE_WORD1 = 32'h00000000;
  parameter [31:0] SPARE_WORD2 = 32'h00000000;
  parameter [31:0] SPARE_WORD3 = 32'h00000000;
  parameter SRIOV_CAP_ENABLE = "FALSE";
  parameter [23:0] TL_COMPL_TIMEOUT_REG0 = 24'hBEBC20;
  parameter [27:0] TL_COMPL_TIMEOUT_REG1 = 28'h0000000;
  parameter [11:0] TL_CREDITS_CD = 12'h3E0;
  parameter [7:0] TL_CREDITS_CH = 8'h20;
  parameter [11:0] TL_CREDITS_NPD = 12'h028;
  parameter [7:0] TL_CREDITS_NPH = 8'h20;
  parameter [11:0] TL_CREDITS_PD = 12'h198;
  parameter [7:0] TL_CREDITS_PH = 8'h20;
  parameter TL_ENABLE_MESSAGE_RID_CHECK_ENABLE = "TRUE";
  parameter TL_EXTENDED_CFG_EXTEND_INTERFACE_ENABLE = "FALSE";
  parameter TL_LEGACY_CFG_EXTEND_INTERFACE_ENABLE = "FALSE";
  parameter TL_LEGACY_MODE_ENABLE = "FALSE";
  parameter TL_PF_ENABLE_REG = "FALSE";
  parameter TL_TAG_MGMT_ENABLE = "TRUE";
  parameter [11:0] VF0_ARI_CAP_NEXTPTR = 12'h000;
  parameter [7:0] VF0_CAPABILITY_POINTER = 8'h50;
  parameter integer VF0_MSIX_CAP_PBA_BIR = 0;
  parameter [28:0] VF0_MSIX_CAP_PBA_OFFSET = 29'h00000050;
  parameter integer VF0_MSIX_CAP_TABLE_BIR = 0;
  parameter [28:0] VF0_MSIX_CAP_TABLE_OFFSET = 29'h00000040;
  parameter [10:0] VF0_MSIX_CAP_TABLE_SIZE = 11'h000;
  parameter integer VF0_MSI_CAP_MULTIMSGCAP = 0;
  parameter [7:0] VF0_PM_CAP_ID = 8'h01;
  parameter [7:0] VF0_PM_CAP_NEXTPTR = 8'h00;
  parameter [2:0] VF0_PM_CAP_VER_ID = 3'h3;
  parameter VF0_TPHR_CAP_DEV_SPECIFIC_MODE = "TRUE";
  parameter VF0_TPHR_CAP_ENABLE = "FALSE";
  parameter VF0_TPHR_CAP_INT_VEC_MODE = "TRUE";
  parameter [11:0] VF0_TPHR_CAP_NEXTPTR = 12'h000;
  parameter [2:0] VF0_TPHR_CAP_ST_MODE_SEL = 3'h0;
  parameter [1:0] VF0_TPHR_CAP_ST_TABLE_LOC = 2'h0;
  parameter [10:0] VF0_TPHR_CAP_ST_TABLE_SIZE = 11'h000;
  parameter [3:0] VF0_TPHR_CAP_VER = 4'h1;
  parameter [11:0] VF1_ARI_CAP_NEXTPTR = 12'h000;
  parameter integer VF1_MSIX_CAP_PBA_BIR = 0;
  parameter [28:0] VF1_MSIX_CAP_PBA_OFFSET = 29'h00000050;
  parameter integer VF1_MSIX_CAP_TABLE_BIR = 0;
  parameter [28:0] VF1_MSIX_CAP_TABLE_OFFSET = 29'h00000040;
  parameter [10:0] VF1_MSIX_CAP_TABLE_SIZE = 11'h000;
  parameter integer VF1_MSI_CAP_MULTIMSGCAP = 0;
  parameter [7:0] VF1_PM_CAP_ID = 8'h01;
  parameter [7:0] VF1_PM_CAP_NEXTPTR = 8'h00;
  parameter [2:0] VF1_PM_CAP_VER_ID = 3'h3;
  parameter VF1_TPHR_CAP_DEV_SPECIFIC_MODE = "TRUE";
  parameter VF1_TPHR_CAP_ENABLE = "FALSE";
  parameter VF1_TPHR_CAP_INT_VEC_MODE = "TRUE";
  parameter [11:0] VF1_TPHR_CAP_NEXTPTR = 12'h000;
  parameter [2:0] VF1_TPHR_CAP_ST_MODE_SEL = 3'h0;
  parameter [1:0] VF1_TPHR_CAP_ST_TABLE_LOC = 2'h0;
  parameter [10:0] VF1_TPHR_CAP_ST_TABLE_SIZE = 11'h000;
  parameter [3:0] VF1_TPHR_CAP_VER = 4'h1;
  parameter [11:0] VF2_ARI_CAP_NEXTPTR = 12'h000;
  parameter integer VF2_MSIX_CAP_PBA_BIR = 0;
  parameter [28:0] VF2_MSIX_CAP_PBA_OFFSET = 29'h00000050;
  parameter integer VF2_MSIX_CAP_TABLE_BIR = 0;
  parameter [28:0] VF2_MSIX_CAP_TABLE_OFFSET = 29'h00000040;
  parameter [10:0] VF2_MSIX_CAP_TABLE_SIZE = 11'h000;
  parameter integer VF2_MSI_CAP_MULTIMSGCAP = 0;
  parameter [7:0] VF2_PM_CAP_ID = 8'h01;
  parameter [7:0] VF2_PM_CAP_NEXTPTR = 8'h00;
  parameter [2:0] VF2_PM_CAP_VER_ID = 3'h3;
  parameter VF2_TPHR_CAP_DEV_SPECIFIC_MODE = "TRUE";
  parameter VF2_TPHR_CAP_ENABLE = "FALSE";
  parameter VF2_TPHR_CAP_INT_VEC_MODE = "TRUE";
  parameter [11:0] VF2_TPHR_CAP_NEXTPTR = 12'h000;
  parameter [2:0] VF2_TPHR_CAP_ST_MODE_SEL = 3'h0;
  parameter [1:0] VF2_TPHR_CAP_ST_TABLE_LOC = 2'h0;
  parameter [10:0] VF2_TPHR_CAP_ST_TABLE_SIZE = 11'h000;
  parameter [3:0] VF2_TPHR_CAP_VER = 4'h1;
  parameter [11:0] VF3_ARI_CAP_NEXTPTR = 12'h000;
  parameter integer VF3_MSIX_CAP_PBA_BIR = 0;
  parameter [28:0] VF3_MSIX_CAP_PBA_OFFSET = 29'h00000050;
  parameter integer VF3_MSIX_CAP_TABLE_BIR = 0;
  parameter [28:0] VF3_MSIX_CAP_TABLE_OFFSET = 29'h00000040;
  parameter [10:0] VF3_MSIX_CAP_TABLE_SIZE = 11'h000;
  parameter integer VF3_MSI_CAP_MULTIMSGCAP = 0;
  parameter [7:0] VF3_PM_CAP_ID = 8'h01;
  parameter [7:0] VF3_PM_CAP_NEXTPTR = 8'h00;
  parameter [2:0] VF3_PM_CAP_VER_ID = 3'h3;
  parameter VF3_TPHR_CAP_DEV_SPECIFIC_MODE = "TRUE";
  parameter VF3_TPHR_CAP_ENABLE = "FALSE";
  parameter VF3_TPHR_CAP_INT_VEC_MODE = "TRUE";
  parameter [11:0] VF3_TPHR_CAP_NEXTPTR = 12'h000;
  parameter [2:0] VF3_TPHR_CAP_ST_MODE_SEL = 3'h0;
  parameter [1:0] VF3_TPHR_CAP_ST_TABLE_LOC = 2'h0;
  parameter [10:0] VF3_TPHR_CAP_ST_TABLE_SIZE = 11'h000;
  parameter [3:0] VF3_TPHR_CAP_VER = 4'h1;
  parameter [11:0] VF4_ARI_CAP_NEXTPTR = 12'h000;
  parameter integer VF4_MSIX_CAP_PBA_BIR = 0;
  parameter [28:0] VF4_MSIX_CAP_PBA_OFFSET = 29'h00000050;
  parameter integer VF4_MSIX_CAP_TABLE_BIR = 0;
  parameter [28:0] VF4_MSIX_CAP_TABLE_OFFSET = 29'h00000040;
  parameter [10:0] VF4_MSIX_CAP_TABLE_SIZE = 11'h000;
  parameter integer VF4_MSI_CAP_MULTIMSGCAP = 0;
  parameter [7:0] VF4_PM_CAP_ID = 8'h01;
  parameter [7:0] VF4_PM_CAP_NEXTPTR = 8'h00;
  parameter [2:0] VF4_PM_CAP_VER_ID = 3'h3;
  parameter VF4_TPHR_CAP_DEV_SPECIFIC_MODE = "TRUE";
  parameter VF4_TPHR_CAP_ENABLE = "FALSE";
  parameter VF4_TPHR_CAP_INT_VEC_MODE = "TRUE";
  parameter [11:0] VF4_TPHR_CAP_NEXTPTR = 12'h000;
  parameter [2:0] VF4_TPHR_CAP_ST_MODE_SEL = 3'h0;
  parameter [1:0] VF4_TPHR_CAP_ST_TABLE_LOC = 2'h0;
  parameter [10:0] VF4_TPHR_CAP_ST_TABLE_SIZE = 11'h000;
  parameter [3:0] VF4_TPHR_CAP_VER = 4'h1;
  parameter [11:0] VF5_ARI_CAP_NEXTPTR = 12'h000;
  parameter integer VF5_MSIX_CAP_PBA_BIR = 0;
  parameter [28:0] VF5_MSIX_CAP_PBA_OFFSET = 29'h00000050;
  parameter integer VF5_MSIX_CAP_TABLE_BIR = 0;
  parameter [28:0] VF5_MSIX_CAP_TABLE_OFFSET = 29'h00000040;
  parameter [10:0] VF5_MSIX_CAP_TABLE_SIZE = 11'h000;
  parameter integer VF5_MSI_CAP_MULTIMSGCAP = 0;
  parameter [7:0] VF5_PM_CAP_ID = 8'h01;
  parameter [7:0] VF5_PM_CAP_NEXTPTR = 8'h00;
  parameter [2:0] VF5_PM_CAP_VER_ID = 3'h3;
  parameter VF5_TPHR_CAP_DEV_SPECIFIC_MODE = "TRUE";
  parameter VF5_TPHR_CAP_ENABLE = "FALSE";
  parameter VF5_TPHR_CAP_INT_VEC_MODE = "TRUE";
  parameter [11:0] VF5_TPHR_CAP_NEXTPTR = 12'h000;
  parameter [2:0] VF5_TPHR_CAP_ST_MODE_SEL = 3'h0;
  parameter [1:0] VF5_TPHR_CAP_ST_TABLE_LOC = 2'h0;
  parameter [10:0] VF5_TPHR_CAP_ST_TABLE_SIZE = 11'h000;
  parameter [3:0] VF5_TPHR_CAP_VER = 4'h1;
  
  output CFGERRCOROUT;
  output CFGERRFATALOUT;
  output CFGERRNONFATALOUT;
  output CFGEXTREADRECEIVED;
  output CFGEXTWRITERECEIVED;
  output CFGHOTRESETOUT;
  output CFGINPUTUPDATEDONE;
  output CFGINTERRUPTAOUTPUT;
  output CFGINTERRUPTBOUTPUT;
  output CFGINTERRUPTCOUTPUT;
  output CFGINTERRUPTDOUTPUT;
  output CFGINTERRUPTMSIFAIL;
  output CFGINTERRUPTMSIMASKUPDATE;
  output CFGINTERRUPTMSISENT;
  output CFGINTERRUPTMSIXFAIL;
  output CFGINTERRUPTMSIXSENT;
  output CFGINTERRUPTSENT;
  output CFGLOCALERROR;
  output CFGLTRENABLE;
  output CFGMCUPDATEDONE;
  output CFGMGMTREADWRITEDONE;
  output CFGMSGRECEIVED;
  output CFGMSGTRANSMITDONE;
  output CFGPERFUNCTIONUPDATEDONE;
  output CFGPHYLINKDOWN;
  output CFGPLSTATUSCHANGE;
  output CFGPOWERSTATECHANGEINTERRUPT;
  output CFGTPHSTTREADENABLE;
  output CFGTPHSTTWRITEENABLE;
  output DRPRDY;
  output MAXISCQTLAST;
  output MAXISCQTVALID;
  output MAXISRCTLAST;
  output MAXISRCTVALID;
  output PCIERQSEQNUMVLD;
  output PCIERQTAGVLD;
  output PIPERX0POLARITY;
  output PIPERX1POLARITY;
  output PIPERX2POLARITY;
  output PIPERX3POLARITY;
  output PIPERX4POLARITY;
  output PIPERX5POLARITY;
  output PIPERX6POLARITY;
  output PIPERX7POLARITY;
  output PIPETX0COMPLIANCE;
  output PIPETX0DATAVALID;
  output PIPETX0ELECIDLE;
  output PIPETX0STARTBLOCK;
  output PIPETX1COMPLIANCE;
  output PIPETX1DATAVALID;
  output PIPETX1ELECIDLE;
  output PIPETX1STARTBLOCK;
  output PIPETX2COMPLIANCE;
  output PIPETX2DATAVALID;
  output PIPETX2ELECIDLE;
  output PIPETX2STARTBLOCK;
  output PIPETX3COMPLIANCE;
  output PIPETX3DATAVALID;
  output PIPETX3ELECIDLE;
  output PIPETX3STARTBLOCK;
  output PIPETX4COMPLIANCE;
  output PIPETX4DATAVALID;
  output PIPETX4ELECIDLE;
  output PIPETX4STARTBLOCK;
  output PIPETX5COMPLIANCE;
  output PIPETX5DATAVALID;
  output PIPETX5ELECIDLE;
  output PIPETX5STARTBLOCK;
  output PIPETX6COMPLIANCE;
  output PIPETX6DATAVALID;
  output PIPETX6ELECIDLE;
  output PIPETX6STARTBLOCK;
  output PIPETX7COMPLIANCE;
  output PIPETX7DATAVALID;
  output PIPETX7ELECIDLE;
  output PIPETX7STARTBLOCK;
  output PIPETXDEEMPH;
  output PIPETXRCVRDET;
  output PIPETXRESET;
  output PIPETXSWING;
  output PLEQINPROGRESS;
  output [11:0] CFGFCCPLD;
  output [11:0] CFGFCNPD;
  output [11:0] CFGFCPD;
  output [11:0] CFGVFSTATUS;
  output [143:0] MIREPLAYRAMWRITEDATA;
  output [143:0] MIREQUESTRAMWRITEDATA;
  output [15:0] CFGPERFUNCSTATUSDATA;
  output [15:0] DBGDATAOUT;
  output [15:0] DRPDO;
  output [17:0] CFGVFPOWERSTATE;
  output [17:0] CFGVFTPHSTMODE;
  output [1:0] CFGDPASUBSTATECHANGE;
  output [1:0] CFGFLRINPROCESS;
  output [1:0] CFGINTERRUPTMSIENABLE;
  output [1:0] CFGINTERRUPTMSIXENABLE;
  output [1:0] CFGINTERRUPTMSIXMASK;
  output [1:0] CFGLINKPOWERSTATE;
  output [1:0] CFGOBFFENABLE;
  output [1:0] CFGPHYLINKSTATUS;
  output [1:0] CFGRCBSTATUS;
  output [1:0] CFGTPHREQUESTERENABLE;
  output [1:0] MIREPLAYRAMREADENABLE;
  output [1:0] MIREPLAYRAMWRITEENABLE;
  output [1:0] PCIERQTAGAV;
  output [1:0] PCIETFCNPDAV;
  output [1:0] PCIETFCNPHAV;
  output [1:0] PIPERX0EQCONTROL;
  output [1:0] PIPERX1EQCONTROL;
  output [1:0] PIPERX2EQCONTROL;
  output [1:0] PIPERX3EQCONTROL;
  output [1:0] PIPERX4EQCONTROL;
  output [1:0] PIPERX5EQCONTROL;
  output [1:0] PIPERX6EQCONTROL;
  output [1:0] PIPERX7EQCONTROL;
  output [1:0] PIPETX0CHARISK;
  output [1:0] PIPETX0EQCONTROL;
  output [1:0] PIPETX0POWERDOWN;
  output [1:0] PIPETX0SYNCHEADER;
  output [1:0] PIPETX1CHARISK;
  output [1:0] PIPETX1EQCONTROL;
  output [1:0] PIPETX1POWERDOWN;
  output [1:0] PIPETX1SYNCHEADER;
  output [1:0] PIPETX2CHARISK;
  output [1:0] PIPETX2EQCONTROL;
  output [1:0] PIPETX2POWERDOWN;
  output [1:0] PIPETX2SYNCHEADER;
  output [1:0] PIPETX3CHARISK;
  output [1:0] PIPETX3EQCONTROL;
  output [1:0] PIPETX3POWERDOWN;
  output [1:0] PIPETX3SYNCHEADER;
  output [1:0] PIPETX4CHARISK;
  output [1:0] PIPETX4EQCONTROL;
  output [1:0] PIPETX4POWERDOWN;
  output [1:0] PIPETX4SYNCHEADER;
  output [1:0] PIPETX5CHARISK;
  output [1:0] PIPETX5EQCONTROL;
  output [1:0] PIPETX5POWERDOWN;
  output [1:0] PIPETX5SYNCHEADER;
  output [1:0] PIPETX6CHARISK;
  output [1:0] PIPETX6EQCONTROL;
  output [1:0] PIPETX6POWERDOWN;
  output [1:0] PIPETX6SYNCHEADER;
  output [1:0] PIPETX7CHARISK;
  output [1:0] PIPETX7EQCONTROL;
  output [1:0] PIPETX7POWERDOWN;
  output [1:0] PIPETX7SYNCHEADER;
  output [1:0] PIPETXRATE;
  output [1:0] PLEQPHASE;
  output [255:0] MAXISCQTDATA;
  output [255:0] MAXISRCTDATA;
  output [2:0] CFGCURRENTSPEED;
  output [2:0] CFGMAXPAYLOAD;
  output [2:0] CFGMAXREADREQ;
  output [2:0] CFGTPHFUNCTIONNUM;
  output [2:0] PIPERX0EQPRESET;
  output [2:0] PIPERX1EQPRESET;
  output [2:0] PIPERX2EQPRESET;
  output [2:0] PIPERX3EQPRESET;
  output [2:0] PIPERX4EQPRESET;
  output [2:0] PIPERX5EQPRESET;
  output [2:0] PIPERX6EQPRESET;
  output [2:0] PIPERX7EQPRESET;
  output [2:0] PIPETXMARGIN;
  output [31:0] CFGEXTWRITEDATA;
  output [31:0] CFGINTERRUPTMSIDATA;
  output [31:0] CFGMGMTREADDATA;
  output [31:0] CFGTPHSTTWRITEDATA;
  output [31:0] PIPETX0DATA;
  output [31:0] PIPETX1DATA;
  output [31:0] PIPETX2DATA;
  output [31:0] PIPETX3DATA;
  output [31:0] PIPETX4DATA;
  output [31:0] PIPETX5DATA;
  output [31:0] PIPETX6DATA;
  output [31:0] PIPETX7DATA;
  output [3:0] CFGEXTWRITEBYTEENABLE;
  output [3:0] CFGNEGOTIATEDWIDTH;
  output [3:0] CFGTPHSTTWRITEBYTEVALID;
  output [3:0] MICOMPLETIONRAMREADENABLEL;
  output [3:0] MICOMPLETIONRAMREADENABLEU;
  output [3:0] MICOMPLETIONRAMWRITEENABLEL;
  output [3:0] MICOMPLETIONRAMWRITEENABLEU;
  output [3:0] MIREQUESTRAMREADENABLE;
  output [3:0] MIREQUESTRAMWRITEENABLE;
  output [3:0] PCIERQSEQNUM;
  output [3:0] PIPERX0EQLPTXPRESET;
  output [3:0] PIPERX1EQLPTXPRESET;
  output [3:0] PIPERX2EQLPTXPRESET;
  output [3:0] PIPERX3EQLPTXPRESET;
  output [3:0] PIPERX4EQLPTXPRESET;
  output [3:0] PIPERX5EQLPTXPRESET;
  output [3:0] PIPERX6EQLPTXPRESET;
  output [3:0] PIPERX7EQLPTXPRESET;
  output [3:0] PIPETX0EQPRESET;
  output [3:0] PIPETX1EQPRESET;
  output [3:0] PIPETX2EQPRESET;
  output [3:0] PIPETX3EQPRESET;
  output [3:0] PIPETX4EQPRESET;
  output [3:0] PIPETX5EQPRESET;
  output [3:0] PIPETX6EQPRESET;
  output [3:0] PIPETX7EQPRESET;
  output [3:0] SAXISCCTREADY;
  output [3:0] SAXISRQTREADY;
  output [4:0] CFGMSGRECEIVEDTYPE;
  output [4:0] CFGTPHSTTADDRESS;
  output [5:0] CFGFUNCTIONPOWERSTATE;
  output [5:0] CFGINTERRUPTMSIMMENABLE;
  output [5:0] CFGINTERRUPTMSIVFENABLE;
  output [5:0] CFGINTERRUPTMSIXVFENABLE;
  output [5:0] CFGINTERRUPTMSIXVFMASK;
  output [5:0] CFGLTSSMSTATE;
  output [5:0] CFGTPHSTMODE;
  output [5:0] CFGVFFLRINPROCESS;
  output [5:0] CFGVFTPHREQUESTERENABLE;
  output [5:0] PCIECQNPREQCOUNT;
  output [5:0] PCIERQTAG;
  output [5:0] PIPERX0EQLPLFFS;
  output [5:0] PIPERX1EQLPLFFS;
  output [5:0] PIPERX2EQLPLFFS;
  output [5:0] PIPERX3EQLPLFFS;
  output [5:0] PIPERX4EQLPLFFS;
  output [5:0] PIPERX5EQLPLFFS;
  output [5:0] PIPERX6EQLPLFFS;
  output [5:0] PIPERX7EQLPLFFS;
  output [5:0] PIPETX0EQDEEMPH;
  output [5:0] PIPETX1EQDEEMPH;
  output [5:0] PIPETX2EQDEEMPH;
  output [5:0] PIPETX3EQDEEMPH;
  output [5:0] PIPETX4EQDEEMPH;
  output [5:0] PIPETX5EQDEEMPH;
  output [5:0] PIPETX6EQDEEMPH;
  output [5:0] PIPETX7EQDEEMPH;
  output [71:0] MICOMPLETIONRAMWRITEDATAL;
  output [71:0] MICOMPLETIONRAMWRITEDATAU;
  output [74:0] MAXISRCTUSER;
  output [7:0] CFGEXTFUNCTIONNUMBER;
  output [7:0] CFGFCCPLH;
  output [7:0] CFGFCNPH;
  output [7:0] CFGFCPH;
  output [7:0] CFGFUNCTIONSTATUS;
  output [7:0] CFGMSGRECEIVEDDATA;
  output [7:0] MAXISCQTKEEP;
  output [7:0] MAXISRCTKEEP;
  output [7:0] PLGEN3PCSRXSLIDE;
  output [84:0] MAXISCQTUSER;
  output [8:0] MIREPLAYRAMADDRESS;
  output [8:0] MIREQUESTRAMREADADDRESSA;
  output [8:0] MIREQUESTRAMREADADDRESSB;
  output [8:0] MIREQUESTRAMWRITEADDRESSA;
  output [8:0] MIREQUESTRAMWRITEADDRESSB;
  output [9:0] CFGEXTREGISTERNUMBER;
  output [9:0] MICOMPLETIONRAMREADADDRESSAL;
  output [9:0] MICOMPLETIONRAMREADADDRESSAU;
  output [9:0] MICOMPLETIONRAMREADADDRESSBL;
  output [9:0] MICOMPLETIONRAMREADADDRESSBU;
  output [9:0] MICOMPLETIONRAMWRITEADDRESSAL;
  output [9:0] MICOMPLETIONRAMWRITEADDRESSAU;
  output [9:0] MICOMPLETIONRAMWRITEADDRESSBL;
  output [9:0] MICOMPLETIONRAMWRITEADDRESSBU;

  input CFGCONFIGSPACEENABLE;
  input CFGERRCORIN;
  input CFGERRUNCORIN;
  input CFGEXTREADDATAVALID;
  input CFGHOTRESETIN;
  input CFGINPUTUPDATEREQUEST;
  input CFGINTERRUPTMSITPHPRESENT;
  input CFGINTERRUPTMSIXINT;
  input CFGLINKTRAININGENABLE;
  input CFGMCUPDATEREQUEST;
  input CFGMGMTREAD;
  input CFGMGMTTYPE1CFGREGACCESS;
  input CFGMGMTWRITE;
  input CFGMSGTRANSMIT;
  input CFGPERFUNCTIONOUTPUTREQUEST;
  input CFGPOWERSTATECHANGEACK;
  input CFGREQPMTRANSITIONL23READY;
  input CFGTPHSTTREADDATAVALID;
  input CORECLK;
  input CORECLKMICOMPLETIONRAML;
  input CORECLKMICOMPLETIONRAMU;
  input CORECLKMIREPLAYRAM;
  input CORECLKMIREQUESTRAM;
  input DRPCLK;
  input DRPEN;
  input DRPWE;
  input MGMTRESETN;
  input MGMTSTICKYRESETN;
  input PCIECQNPREQ;
  input PIPECLK;
  input PIPERESETN;
  input PIPERX0DATAVALID;
  input PIPERX0ELECIDLE;
  input PIPERX0EQDONE;
  input PIPERX0EQLPADAPTDONE;
  input PIPERX0EQLPLFFSSEL;
  input PIPERX0PHYSTATUS;
  input PIPERX0STARTBLOCK;
  input PIPERX0VALID;
  input PIPERX1DATAVALID;
  input PIPERX1ELECIDLE;
  input PIPERX1EQDONE;
  input PIPERX1EQLPADAPTDONE;
  input PIPERX1EQLPLFFSSEL;
  input PIPERX1PHYSTATUS;
  input PIPERX1STARTBLOCK;
  input PIPERX1VALID;
  input PIPERX2DATAVALID;
  input PIPERX2ELECIDLE;
  input PIPERX2EQDONE;
  input PIPERX2EQLPADAPTDONE;
  input PIPERX2EQLPLFFSSEL;
  input PIPERX2PHYSTATUS;
  input PIPERX2STARTBLOCK;
  input PIPERX2VALID;
  input PIPERX3DATAVALID;
  input PIPERX3ELECIDLE;
  input PIPERX3EQDONE;
  input PIPERX3EQLPADAPTDONE;
  input PIPERX3EQLPLFFSSEL;
  input PIPERX3PHYSTATUS;
  input PIPERX3STARTBLOCK;
  input PIPERX3VALID;
  input PIPERX4DATAVALID;
  input PIPERX4ELECIDLE;
  input PIPERX4EQDONE;
  input PIPERX4EQLPADAPTDONE;
  input PIPERX4EQLPLFFSSEL;
  input PIPERX4PHYSTATUS;
  input PIPERX4STARTBLOCK;
  input PIPERX4VALID;
  input PIPERX5DATAVALID;
  input PIPERX5ELECIDLE;
  input PIPERX5EQDONE;
  input PIPERX5EQLPADAPTDONE;
  input PIPERX5EQLPLFFSSEL;
  input PIPERX5PHYSTATUS;
  input PIPERX5STARTBLOCK;
  input PIPERX5VALID;
  input PIPERX6DATAVALID;
  input PIPERX6ELECIDLE;
  input PIPERX6EQDONE;
  input PIPERX6EQLPADAPTDONE;
  input PIPERX6EQLPLFFSSEL;
  input PIPERX6PHYSTATUS;
  input PIPERX6STARTBLOCK;
  input PIPERX6VALID;
  input PIPERX7DATAVALID;
  input PIPERX7ELECIDLE;
  input PIPERX7EQDONE;
  input PIPERX7EQLPADAPTDONE;
  input PIPERX7EQLPLFFSSEL;
  input PIPERX7PHYSTATUS;
  input PIPERX7STARTBLOCK;
  input PIPERX7VALID;
  input PIPETX0EQDONE;
  input PIPETX1EQDONE;
  input PIPETX2EQDONE;
  input PIPETX3EQDONE;
  input PIPETX4EQDONE;
  input PIPETX5EQDONE;
  input PIPETX6EQDONE;
  input PIPETX7EQDONE;
  input PLDISABLESCRAMBLER;
  input PLEQRESETEIEOSCOUNT;
  input PLGEN3PCSDISABLE;
  input RECCLK;
  input RESETN;
  input SAXISCCTLAST;
  input SAXISCCTVALID;
  input SAXISRQTLAST;
  input SAXISRQTVALID;
  input USERCLK;
  input [10:0] DRPADDR;
  input [143:0] MICOMPLETIONRAMREADDATA;
  input [143:0] MIREPLAYRAMREADDATA;
  input [143:0] MIREQUESTRAMREADDATA;
  input [15:0] CFGDEVID;
  input [15:0] CFGSUBSYSID;
  input [15:0] CFGSUBSYSVENDID;
  input [15:0] CFGVENDID;
  input [15:0] DRPDI;
  input [17:0] PIPERX0EQLPNEWTXCOEFFORPRESET;
  input [17:0] PIPERX1EQLPNEWTXCOEFFORPRESET;
  input [17:0] PIPERX2EQLPNEWTXCOEFFORPRESET;
  input [17:0] PIPERX3EQLPNEWTXCOEFFORPRESET;
  input [17:0] PIPERX4EQLPNEWTXCOEFFORPRESET;
  input [17:0] PIPERX5EQLPNEWTXCOEFFORPRESET;
  input [17:0] PIPERX6EQLPNEWTXCOEFFORPRESET;
  input [17:0] PIPERX7EQLPNEWTXCOEFFORPRESET;
  input [17:0] PIPETX0EQCOEFF;
  input [17:0] PIPETX1EQCOEFF;
  input [17:0] PIPETX2EQCOEFF;
  input [17:0] PIPETX3EQCOEFF;
  input [17:0] PIPETX4EQCOEFF;
  input [17:0] PIPETX5EQCOEFF;
  input [17:0] PIPETX6EQCOEFF;
  input [17:0] PIPETX7EQCOEFF;
  input [18:0] CFGMGMTADDR;
  input [1:0] CFGFLRDONE;
  input [1:0] CFGINTERRUPTMSITPHTYPE;
  input [1:0] CFGINTERRUPTPENDING;
  input [1:0] PIPERX0CHARISK;
  input [1:0] PIPERX0SYNCHEADER;
  input [1:0] PIPERX1CHARISK;
  input [1:0] PIPERX1SYNCHEADER;
  input [1:0] PIPERX2CHARISK;
  input [1:0] PIPERX2SYNCHEADER;
  input [1:0] PIPERX3CHARISK;
  input [1:0] PIPERX3SYNCHEADER;
  input [1:0] PIPERX4CHARISK;
  input [1:0] PIPERX4SYNCHEADER;
  input [1:0] PIPERX5CHARISK;
  input [1:0] PIPERX5SYNCHEADER;
  input [1:0] PIPERX6CHARISK;
  input [1:0] PIPERX6SYNCHEADER;
  input [1:0] PIPERX7CHARISK;
  input [1:0] PIPERX7SYNCHEADER;
  input [21:0] MAXISCQTREADY;
  input [21:0] MAXISRCTREADY;
  input [255:0] SAXISCCTDATA;
  input [255:0] SAXISRQTDATA;
  input [2:0] CFGDSFUNCTIONNUMBER;
  input [2:0] CFGFCSEL;
  input [2:0] CFGINTERRUPTMSIATTR;
  input [2:0] CFGINTERRUPTMSIFUNCTIONNUMBER;
  input [2:0] CFGMSGTRANSMITTYPE;
  input [2:0] CFGPERFUNCSTATUSCONTROL;
  input [2:0] CFGPERFUNCTIONNUMBER;
  input [2:0] PIPERX0STATUS;
  input [2:0] PIPERX1STATUS;
  input [2:0] PIPERX2STATUS;
  input [2:0] PIPERX3STATUS;
  input [2:0] PIPERX4STATUS;
  input [2:0] PIPERX5STATUS;
  input [2:0] PIPERX6STATUS;
  input [2:0] PIPERX7STATUS;
  input [31:0] CFGEXTREADDATA;
  input [31:0] CFGINTERRUPTMSIINT;
  input [31:0] CFGINTERRUPTMSIXDATA;
  input [31:0] CFGMGMTWRITEDATA;
  input [31:0] CFGMSGTRANSMITDATA;
  input [31:0] CFGTPHSTTREADDATA;
  input [31:0] PIPERX0DATA;
  input [31:0] PIPERX1DATA;
  input [31:0] PIPERX2DATA;
  input [31:0] PIPERX3DATA;
  input [31:0] PIPERX4DATA;
  input [31:0] PIPERX5DATA;
  input [31:0] PIPERX6DATA;
  input [31:0] PIPERX7DATA;
  input [32:0] SAXISCCTUSER;
  input [3:0] CFGINTERRUPTINT;
  input [3:0] CFGINTERRUPTMSISELECT;
  input [3:0] CFGMGMTBYTEENABLE;
  input [4:0] CFGDSDEVICENUMBER;
  input [59:0] SAXISRQTUSER;
  input [5:0] CFGVFFLRDONE;
  input [5:0] PIPEEQFS;
  input [5:0] PIPEEQLF;
  input [63:0] CFGDSN;
  input [63:0] CFGINTERRUPTMSIPENDINGSTATUS;
  input [63:0] CFGINTERRUPTMSIXADDRESS;
  input [7:0] CFGDSBUSNUMBER;
  input [7:0] CFGDSPORTNUMBER;
  input [7:0] CFGREVID;
  input [7:0] PLGEN3PCSRXSYNCDONE;
  input [7:0] SAXISCCTKEEP;
  input [7:0] SAXISRQTKEEP;
  input [8:0] CFGINTERRUPTMSITPHSTTAG;

endmodule
`endcelldefine